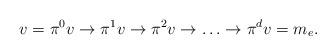
LaTeX: \begin{align*}v=\pi^0{v}\rightarrow\pi^1{v}\rightarrow\pi^2{v}\rightarrow\ldots\rightarrow\pi^d{v}=m_e.\end{align*}